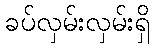
ခပ်လှမ်းလှမ်းရှိ